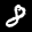
Label: 8